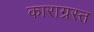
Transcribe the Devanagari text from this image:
काराग्रस्त